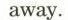
away.